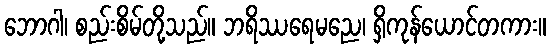
ဘောဂါ၊ စည်းစိမ်တို့သည်။ ဘရိဿရေမညေ၊ ရှိကုန်ယောင်တကား။